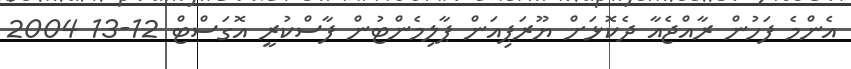
އެންމެ ފަހުން ރާއްޖެއާ ދެކޮޅަށް ޔޫރަޕިއަން ޕާލިމެންޓުން ފާސްކުރީ އޮގަސްޓް 12-13 2004